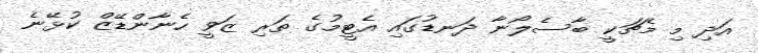
އަދި މި މެޗަކީ ބާސެލޯނާ ދަނޑުގައި އެޓީމުގެ ތަރި ޒަވީ ހެނާންޑޭޒް ކުޅޭނެ